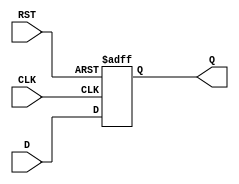
module flip_flop_register #(
    parameter N = 8  // Parameter for the width of the register
) (
    input wire [N-1:0] D,    // Data input
    input wire CLK,           // Clock input
    input wire RST,           // Asynchronous reset
    output reg [N-1:0] Q      // Data output
);

// Sequential logic for the flip-flop register
always @(posedge CLK or posedge RST) begin
    if (RST) begin
        Q <= {N{1'b0}}; // Reset all bits to 0
    end else begin
        Q <= D; // Capture data on clock edge
    end
end

endmodule